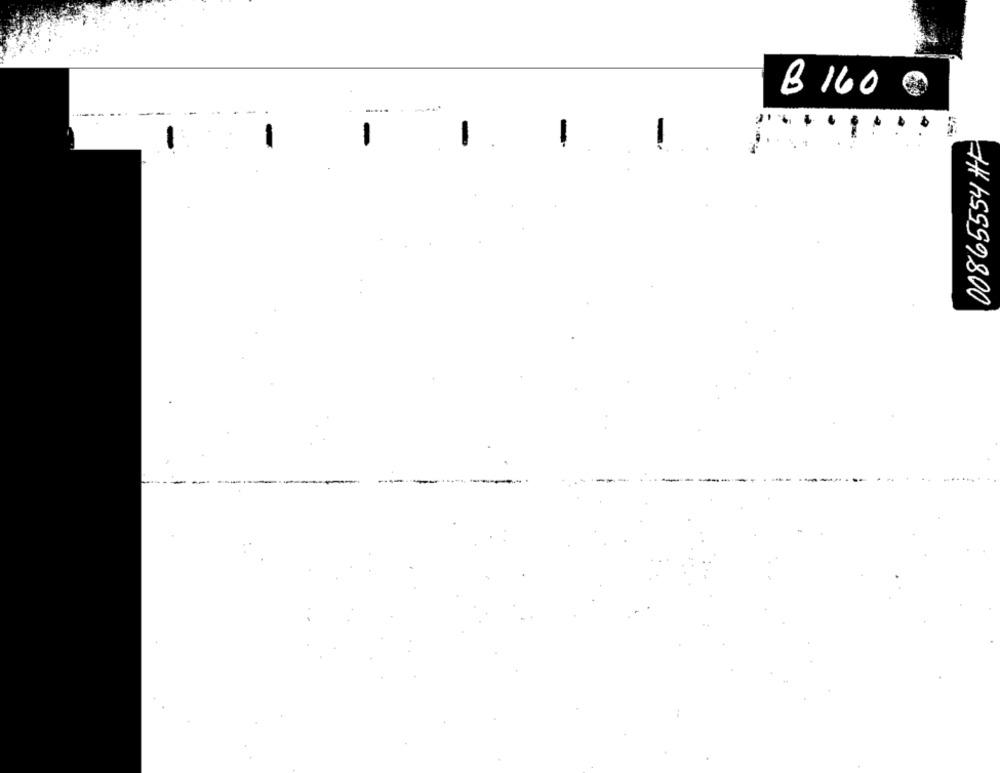
B 160
-
00865554 HF
-
1.
-
-
-